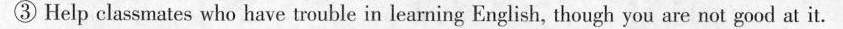
③ Help classmates who have trouble in learning English, though you are not good at it.